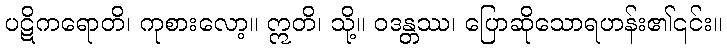
ပဋိကရောတိ၊ ကုစားလော့။ ဣတိ၊ သို့။ ဝဒန္တဿ၊ ပြောဆိုသောရဟန်း၏၎င်း။